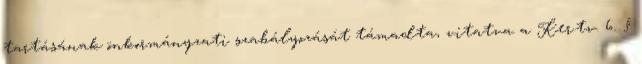
tartásának önkormányzati szabályozását támadta, vitatva a Ker.tv. 6. §